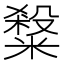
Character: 𥻦